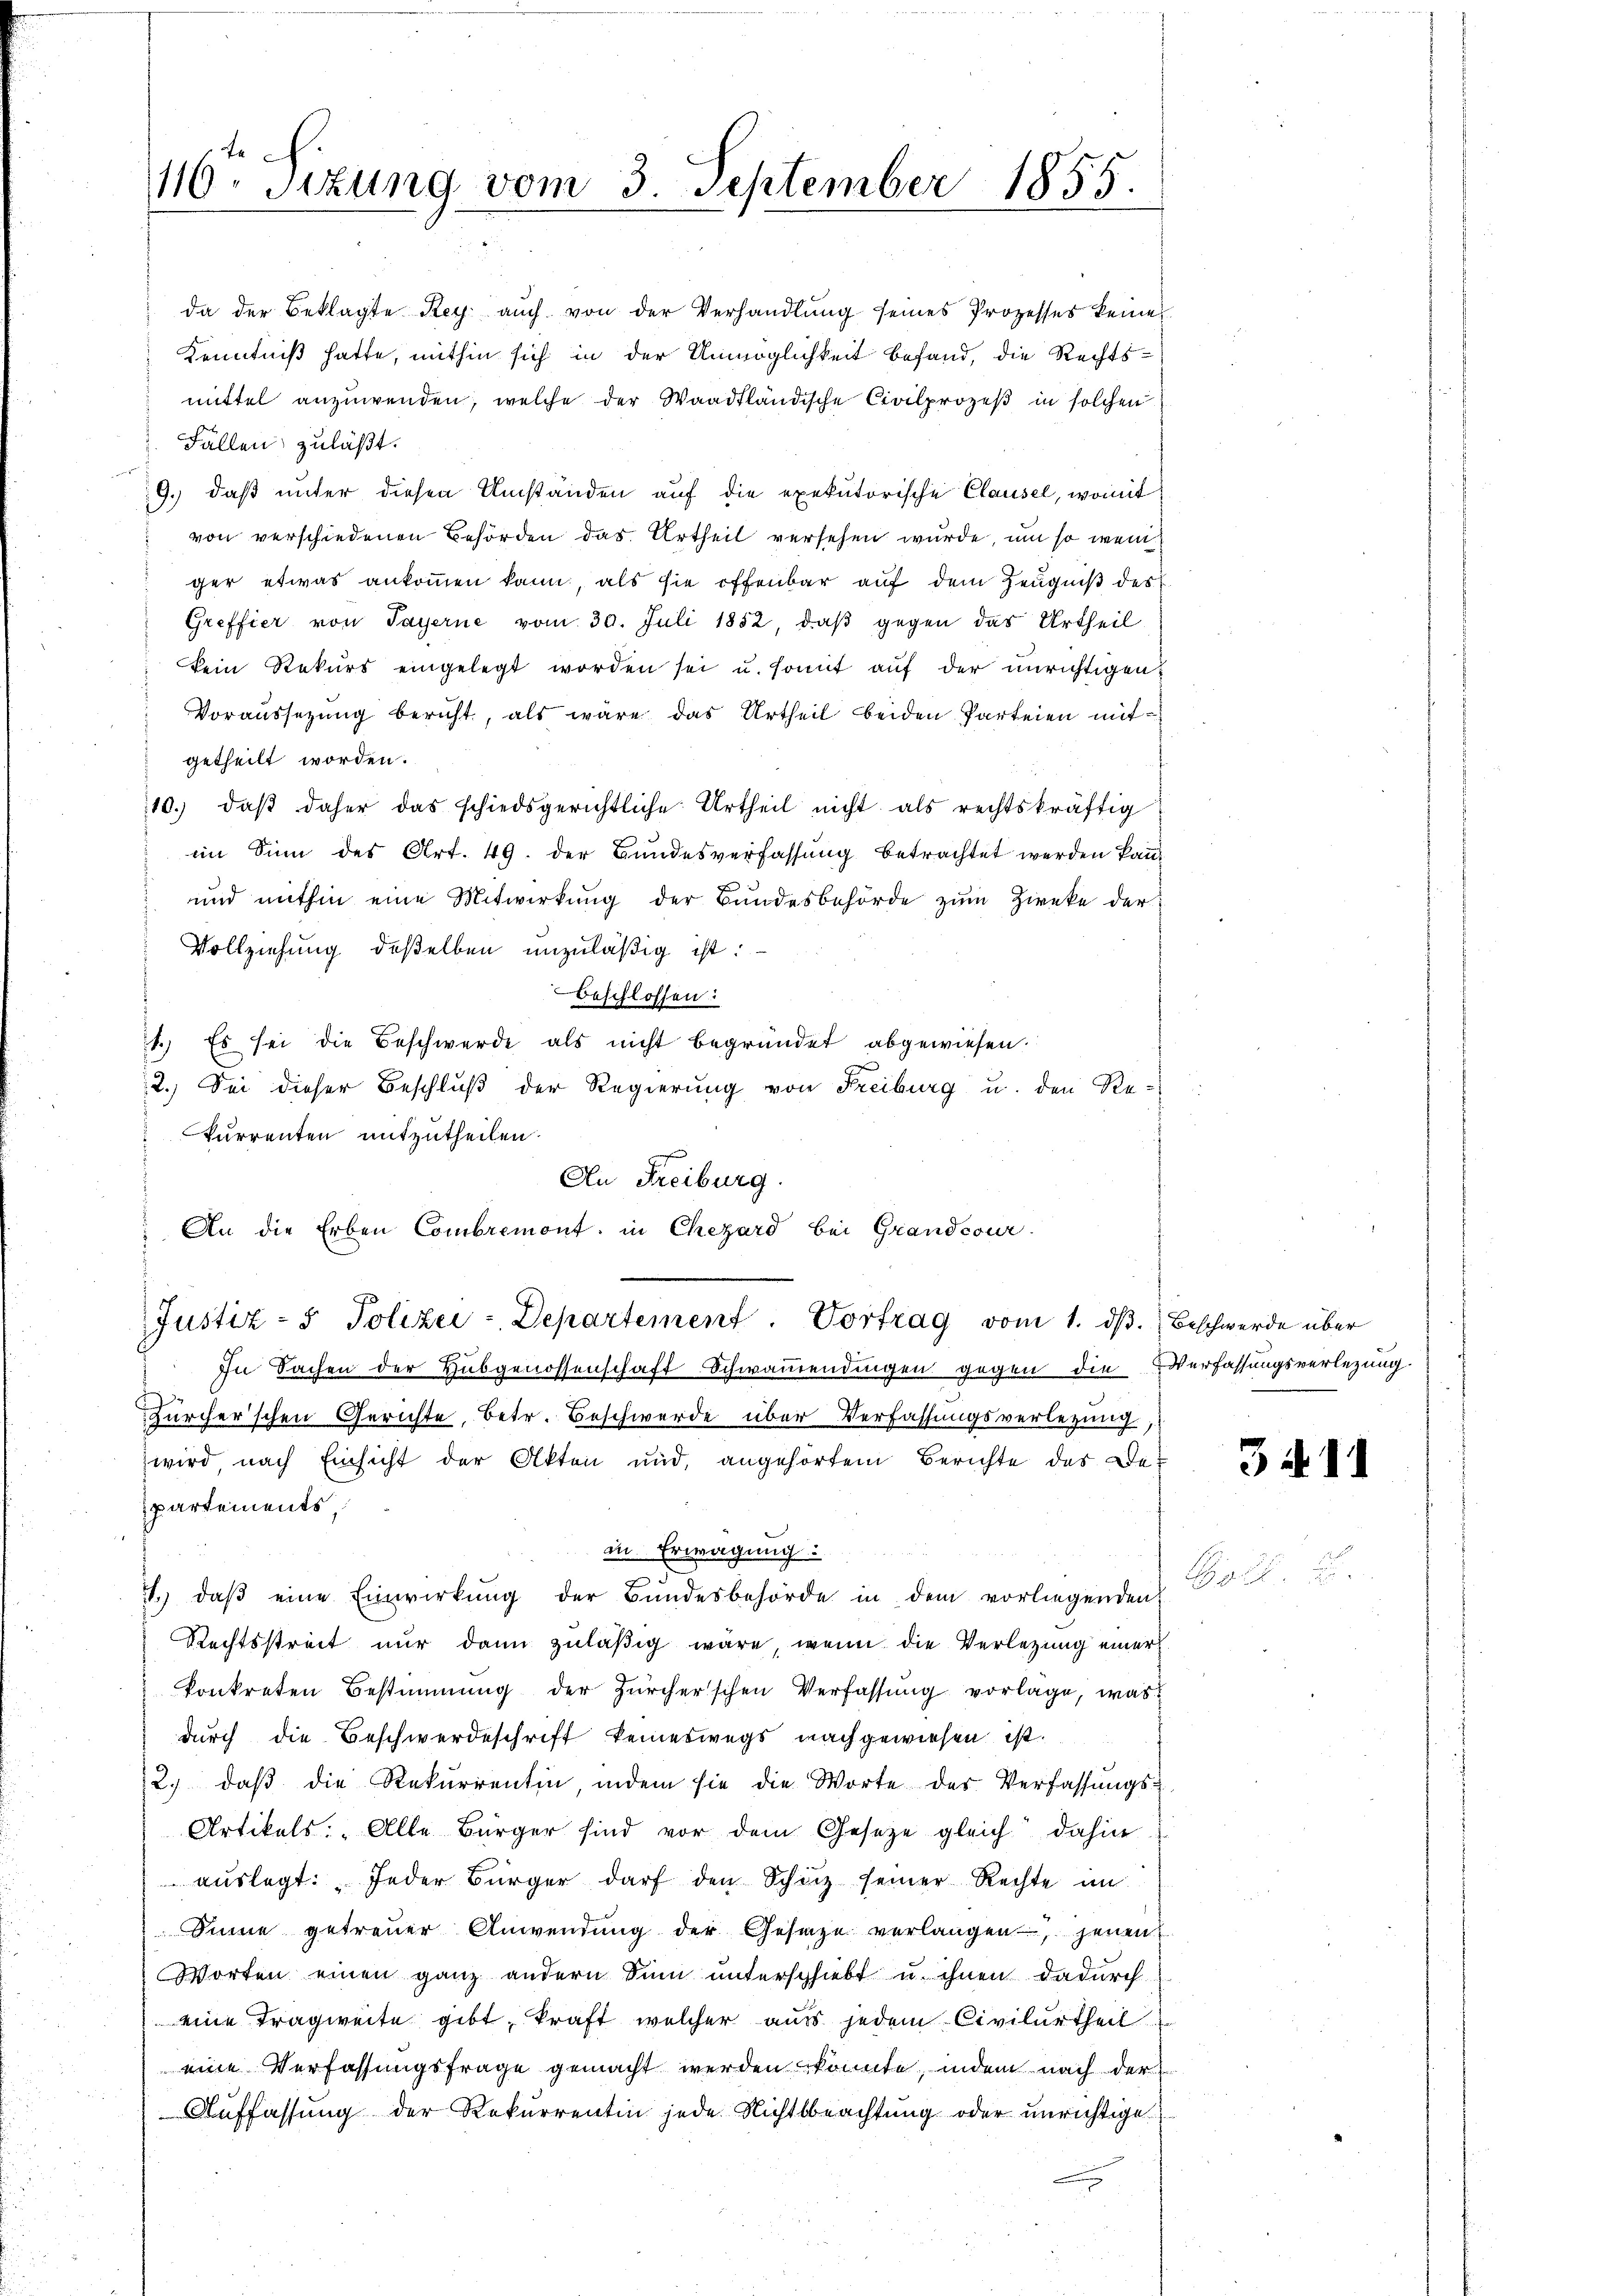
te
116. Sitzung vom 3. September 1855.

An Freiburg.
 An die Erben Combremont. in Chezard bei Grandcour
Justiz- & Polizei-Departement. Vortrag vom 1. dβ. Beschwerde über
In Sachen der Hubgenossenschaft Schwamendingen gegen die Verfassungsverlegung
Zürcher'schen Gerichte, betr. Beschwerde über Verfassungsverlegung,
wird nach Einsicht der Akten und angehörtem Berichte des Despartements,
in Erwägung
1. daβ eine Einwirkŭng der Bŭndesbehörde in dem vorliegenden
Rechtsstreit nur dann zuläßig wäre, wenn die Verletzung einer
konkreten Bestimmung der Zürcherschen Verfassŭng vorlage, was
durch die Beschwerdeschrift keineswegs nachgewiesen ist.
2.) daß die Rekurrentin indem sie die Worte des Verfassungs¬
Artikels: „Alle Bürger sind vor dem Gesetze gleich dahin
auslegt: Jeder Bürger darf den Schutz seiner Rechte im
Sinne getreuer Anwendŭng der Gesage verlangen, jenen
Worten einen ganz andern Sinn unterschiebt u. ihnen dadurch
eine Tragweite gibt, kraft welcher aus jedem Civilurtheil
eine Verfassungsfrage gemacht werden könnte, indem nach der
Auffassung der Rekurrentin jede Nichtsbeachtung oder unrichtige

da der Beklagte Rey aŭch von der Verhandlung seines Prozesses keine
Kenntniß hatte, mithin sich in der Unmöglichkeit befand, die Rechtsmittel anzuwenden, welche der Waadtländische Civilprozeß in solchen
. Fällen, zuläßt.
9.) daß unter diesen Umständen auf die exekutorische Clausel, womit
von verschiedenen Behörden das Urtheil versehen wurde, um so weni
ger etwas ankommen kann, als sie offenbar auf dem Zeugniß des
Greffier von Payerne vom 30. Juli 1852, daβ gegen das Urtheil
kein Rekurs eingelegt worden sei u. somit auf der unrichtigen
Voraussetzung bericht, als wäre das Urtheil beiden Parteien mitgetheilt worden.
10. daβ daher das schiedsgerichtliche Urtheil nicht als rechtskräftig
im Sinn des Art. 49. der Bundesverfassung betrachtet werden kann
und mithin eine Mitwirkung der Bundesbehörde zum Zirke der
Vollziehung deßelben unzuläßig ist:
Beschlossen:
1.) Es sei die Beschwerde als nicht begründet abgewiesen.
2.) Sei dieser Beschluß der Regierung von Freiburg u. den Re-
kurrenten mitzutheilen.

3 n 1